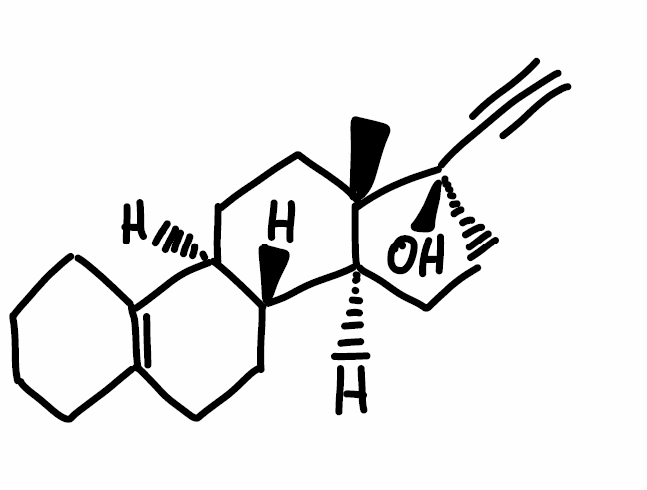
Simplified molecular-input line-entry system (SMILES) notation of the given molecule:
C[C@]12CC[C@H]3[C@H]([C@@H]1CC[C@]2(C#C)O)CCC4=C3CCCC4